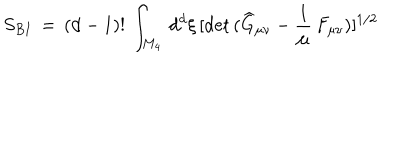
LaTeX: S _ { B I } \, = \, ( d - 1 ) ! \, \int _ { M _ { 4 } } \, d ^ { d } \xi \, [ \mathrm { d e t } \, ( \widehat { G } _ { \mu \nu } - \frac { 1 } { \mu } \, F _ { \mu \nu } ) ] ^ { 1 / 2 }